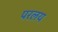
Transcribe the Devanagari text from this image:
परलय